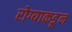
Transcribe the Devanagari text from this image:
रोग्याकडून